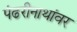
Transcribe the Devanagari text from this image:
पंढरीनाथांवर